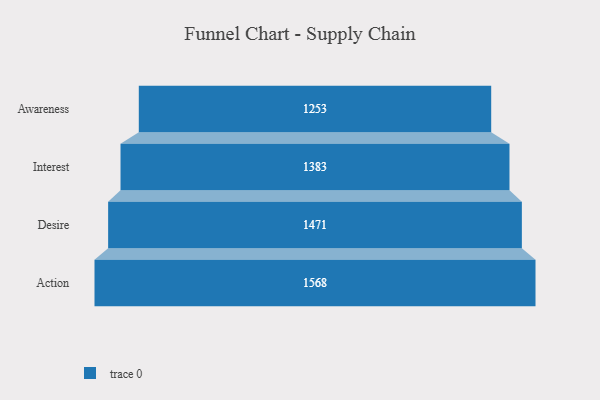
{"axis": {"x": "Stage", "y": "Value"}, "legend": [""], "data": [{"x": "Awareness", "y": 1253.0, "type": ""}, {"x": "Interest", "y": 1383.0, "type": ""}, {"x": "Desire", "y": 1471.0, "type": ""}, {"x": "Action", "y": 1568.0, "type": ""}]}